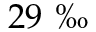
2 9 \mathrm { ~ \textperthousand ~ }